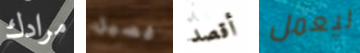
مرادك فصيل أقصد ليعمل